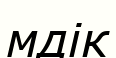
мдік